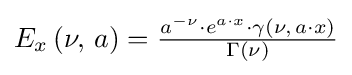
{\textstyle E_{x}\left(\nu ,\,a\right)={\frac {a^{-\nu }\cdot e^{a\cdot x}\cdot \gamma \left(\nu ,\,a\cdot x\right)}{\Gamma \left(\nu \right)}}}